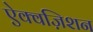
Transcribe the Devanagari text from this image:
ऐक्वज़िशन